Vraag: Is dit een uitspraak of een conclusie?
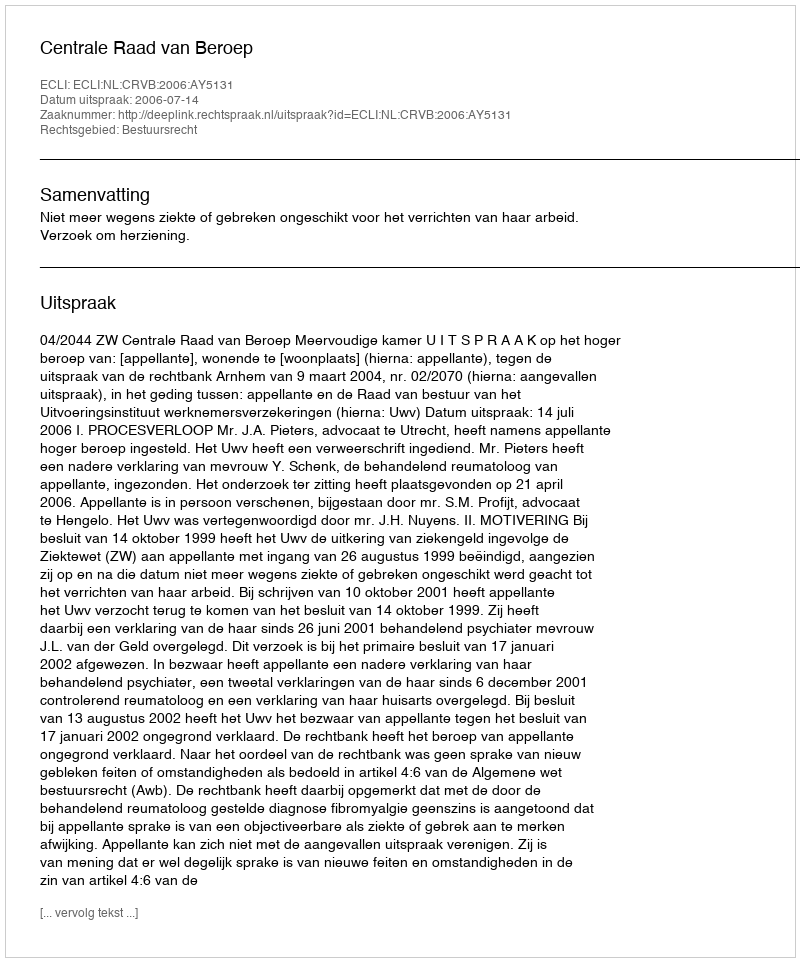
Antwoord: Uitspraak